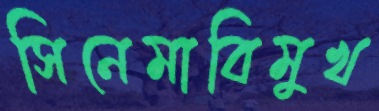
সিনেমাবিমুখ